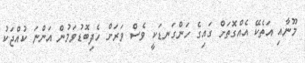
މޫނާއި އަތެކޭ އެއްގޮތަށް ގައިގެ ހަންގަނޑަކީ ވެސް ވަރަށް ހެދިބޮޑުވަމުން އަންނަ ކުއްޖަކު